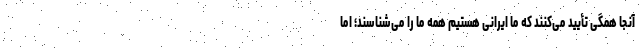
آنجا همگی تأیید می‌کنند که ما ایرانی هستیم همه ما را می‌شناسند؛ اما